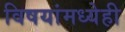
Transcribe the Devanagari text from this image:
विषयांमध्येही